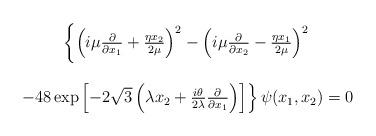
LaTeX: \begin{align*}\begin{array}{c}\left\{ \left(i \mu \frac{\partial}{\partial x_1} + \frac{\eta x_2}{2 \mu} \right)^2 -\left(i \mu \frac{\partial}{\partial x_2} - \frac{\eta x_1}{2 \mu} \right)^2\right.\\ \\ \left. -48 \exp \left[ -2 \sqrt{3} \left(\lambda x_2 + \frac{i \theta}{2 \lambda}\frac{\partial}{\partial x_1} \right) \right]\right\} \psi(x_1,x_2)=0\end{array}\end{align*}